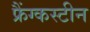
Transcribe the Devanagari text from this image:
फ्रैंग्कस्टीन